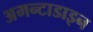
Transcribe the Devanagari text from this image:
अमन्टाडाइन